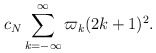
\begin{align*}c_N\sum_{k=-\infty}^\infty\varpi_k(2k+1)^2.\end{align*}